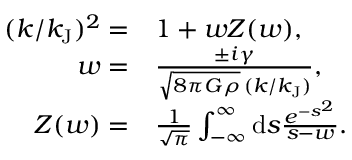
\begin{array} { r l } { ( k / k _ { \mathrm { J } } ) ^ { 2 } = } & { { } 1 + w Z ( w ) , } \\ { w = } & { { } \frac { \pm i \gamma } { \sqrt { 8 \pi G \rho } \, ( k / k _ { \mathrm { J } } ) } , } \\ { Z ( w ) = } & { { } \frac { 1 } { \sqrt { \pi } } \int _ { - \infty } ^ { \infty } \mathrm { d } s \frac { e ^ { - s ^ { 2 } } } { s - w } . } \end{array}